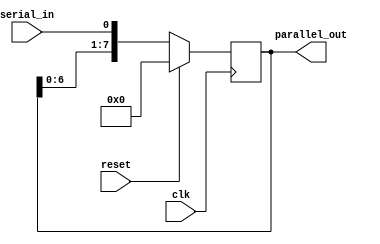
module SIPO_shift_register #(
  parameter WIDTH = 8 // define the size of the shift register
  )(
  input wire clk, // clock input
  input wire reset, // reset signal
  input wire serial_in, // serial data input
  output reg [WIDTH-1:0] parallel_out // parallel data output
  );

  reg [WIDTH-1:0] shift_reg; // shift register

  always @(posedge clk) begin
    if (reset) begin
      shift_reg <= 0; // reset the shift register
    end else begin
      shift_reg <= {shift_reg[WIDTH-2:0], serial_in}; // shift in the serial data
    end
  end

  // assign the parallel output
  assign parallel_out = shift_reg;

endmodule